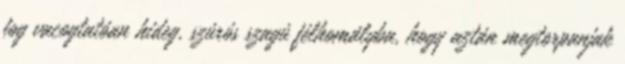
fog vacogtatóan hideg, szúrós szagú félhomályba, hogy aztán megtorpanjak